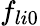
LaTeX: f_{li0}